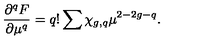
\frac { { \partial } ^ { q } F } { { \partial } \mu ^ { q } } = q ! \sum \chi _ { g , q } \mu ^ { 2 - 2 g - q } .